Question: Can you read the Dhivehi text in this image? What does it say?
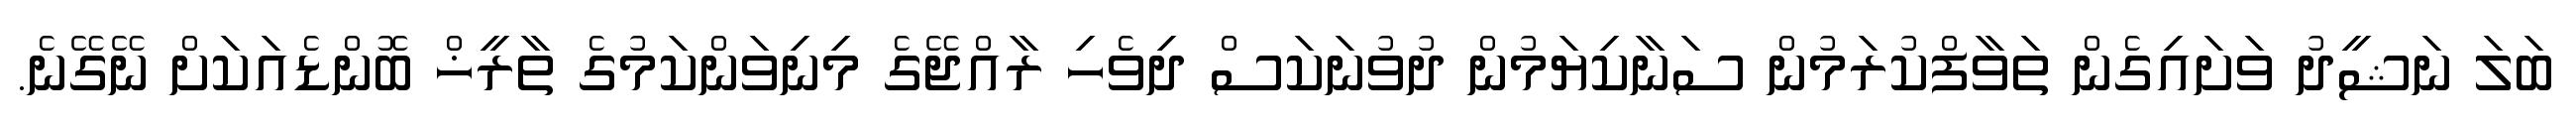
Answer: ބަލަ ނަޝީދު ވަށައިގެން ތަވާފްކުރަމުން ސަނާކިޔަމުން ދުވުނަކަސް ދިވެހި ރާއްޖޭގެ މިނިވަންކަމުގެ ތާރީޚް ބޮންޑެއަކަށް ނޭގޭނެ.